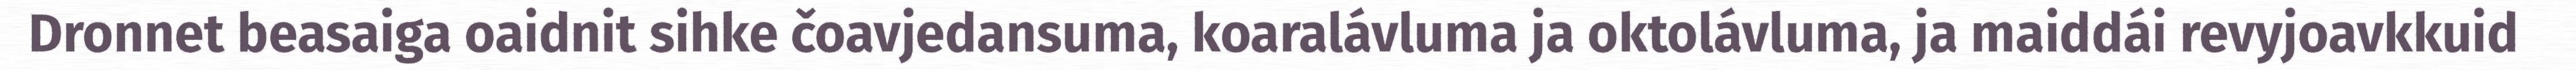
Dronnet beasaiga oaidnit sihke čoavjedansuma, koaralávluma ja oktolávluma, ja maiddái revyjoavkkuid